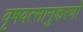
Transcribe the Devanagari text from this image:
वृषवत्सानुकरणो